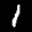
Label: 1